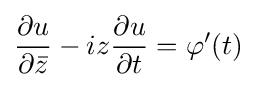
{\frac {\partial u}{\partial {\bar {z}}}}-iz{\frac {\partial u}{\partial t}}=\varphi ^{\prime }(t)